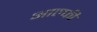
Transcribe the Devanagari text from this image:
आल्फी